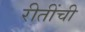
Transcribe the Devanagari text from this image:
रीतींची